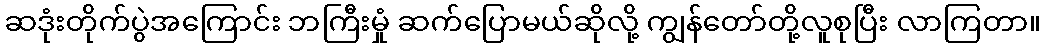
ဆဒုံးတိုက်ပွဲအကြောင်း ဘကြီးမှုံ ဆက်ပြောမယ်ဆိုလို့ ကျွန်တော်တို့လူစုပြီး လာကြတာ။